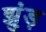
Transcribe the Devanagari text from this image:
झुंड़